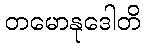
တမောနုဒေါတိ